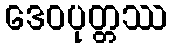
ဒေဝပုတ္တဿ